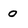
Character: 0